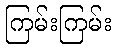
ကြမ်းကြမ်း